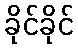
ခိုင်ခိုင်